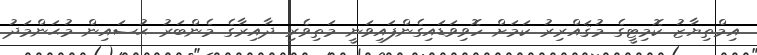
އިމްތިޔާޒު ކޮމިޓީގެ މުޤައްރިރު ކަމަށް ހޮވިވަޑައިގެންފައިވަނީ މަތިވެރި ދާއިރާގެ މެންބަރު ޙުސައިން މުޙަންމަދު